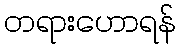
တရားဟောရန်